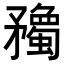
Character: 𥎠